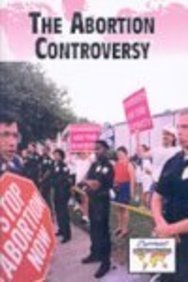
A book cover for Abortion Controversy (Current Controversies); Teen & Young Adult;